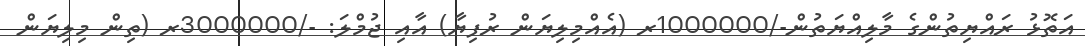
އަތޮޅު ރައްޔިތުންގެ މާލިއްޔަތުން-/1000000ރ (އެއްމިލިޔަން ރުފިޔާ) އާއި ޖުމްލަ: -/3000000ރ (ތިން މިލިޔަން